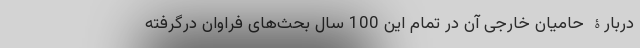
دربارۀ حامیان خارجی آن در تمام این 100 سال بحث‌های فراوان درگرفته